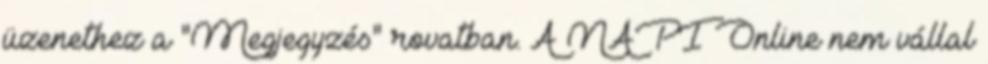
üzenethez a "Megjegyzés" rovatban. A NAPI Online nem vállal